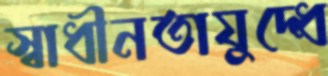
স্বাধীনতাযুদ্ধে